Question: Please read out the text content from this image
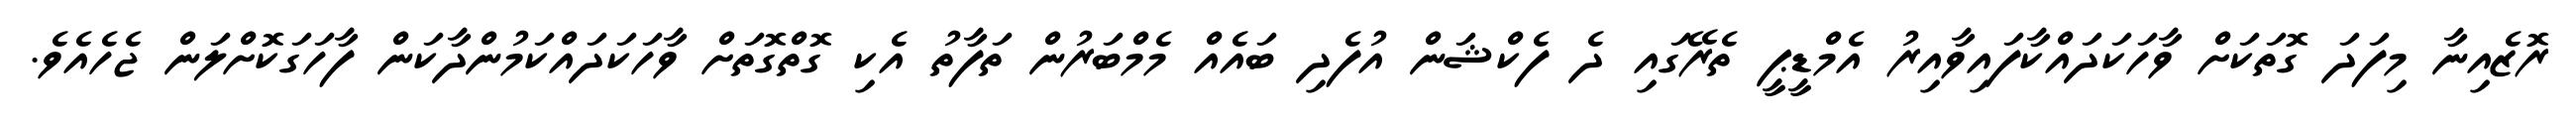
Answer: ރޮޒެއިނާ މިފަދަ ގޮތަކަށް ވާހަކަދައްކާފައިވާއިރު އެމްޑީޕީ ތެރޭގައި ދެ ފެކްޝަން އުފެދި ބައެއް މެމްބަރުން ތަފާތު އެކި ގޮތްގޮތަށް ވާހަކަދައްކަމުންދާކަން ފާހަގަކޮށްލަން ޖެހެއެވެ.